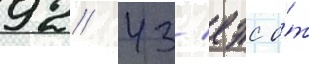
92/ 43/ еэс о́т